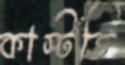
কাস্টডি